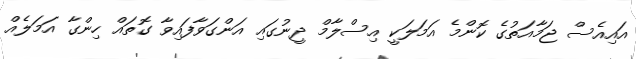
އައިއެސް ޖަމާއަތުގެ ކޮންމެ އަމަލަކީ އިސްލާމް ދީނުގައި އަންގަވާފައިވާ ގޮތައް ހިންގާ އަމަލެއް